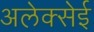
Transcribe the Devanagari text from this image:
अलेक्सेई